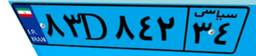
۸۳D۸۴۲۳۴